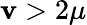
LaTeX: \mathbf{v}>2\mu